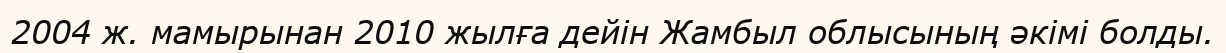
2004 ж. мамырынан 2010 жылға дейін Жамбыл облысының әкімі болды.